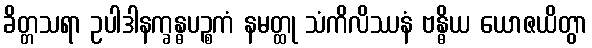
ခိတ္တသရာ ဥပါဒါနက္ခန္ဓပဉ္စကံ နမတ္ထု သံကိလိဿနံ ဗန္ဓိယ ယောဇယိတွာ